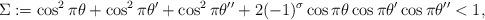
LaTeX: \begin{align*}\Sigma:=\cos^2\pi\theta+\cos^2\pi\theta'+\cos^2\pi\theta''+2(-1)^\sigma\cos\pi\theta\cos\pi\theta'\cos\pi\theta''<1,\end{align*}